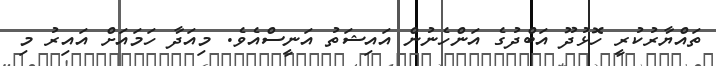
ތައްޔާރުކުރީ ހޮޅުދޫ އަބްދުގެ އަންހެނުން އައިޝަތު އަނީސްއެވެ. މިއަދާ ހަމައަށް އައިރު މި